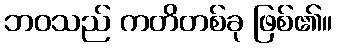
ဘဝသည် ကတိတစ်ခု ဖြစ်၏။